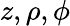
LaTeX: z,\rho,\phi